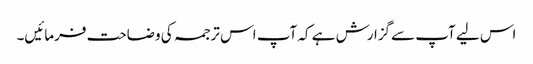
اس لیے آپ سےگزارش ہے کہ آپ اس ترجمہ کی وضاحت فرمائیں۔